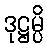
ဒုဋ္ဌမ္ပိ